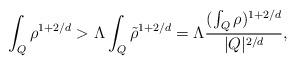
LaTeX: \begin{align*}\int_{Q}\rho^{1+2/d} > \Lambda\int_{Q}\tilde{\rho}^{1+2/d} = \Lambda\frac{(\int_{Q}\rho)^{1+2/d}}{|Q|^{2/d}},\end{align*}